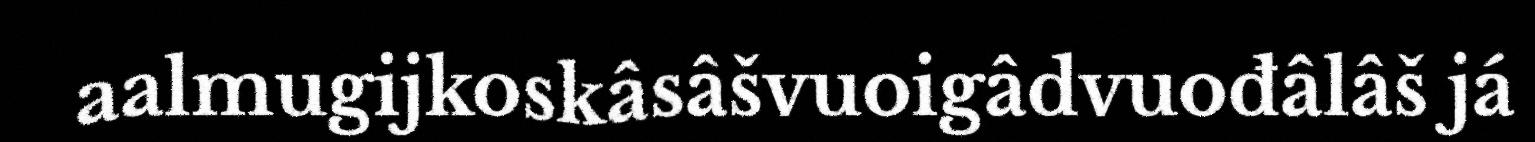
aalmugijkoskâsâšvuoigâdvuođâlâš já